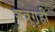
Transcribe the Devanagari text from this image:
शत्रुगृही